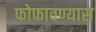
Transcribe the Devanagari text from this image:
फोफावण्यास